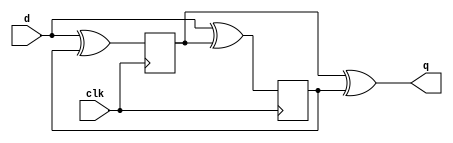
module top_module(
    input clk,
    input d,
    output q);

    reg p, n;
    // clk
    always @(posedge clk)
        p <= d ^ n;
    // clk
    always @(negedge clk)
        n <= d ^ p;
    //p=d^n, q=d^n^n=d;
    //n=d^p, q=p^d^p=d;
    //
    assign q = p ^ n;
    // 
    /*always @(posedge clk, negedge clk) begin
        q <= d;
    end*/
endmodule